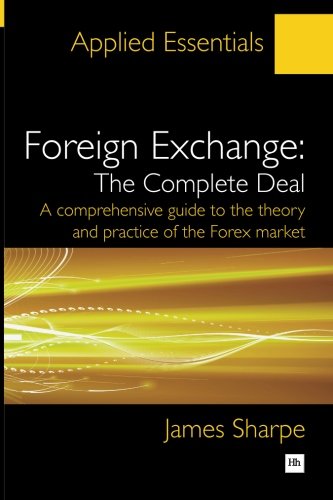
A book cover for Foreign Exchange: The Complete Deal: A comprehensive guide to the theory and practice of the Forex market (Applied Essentials); James Sharpe; Business & Money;